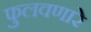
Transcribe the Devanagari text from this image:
फुलवणारे